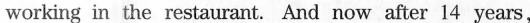
working in the restaurant. And now after 14 years.